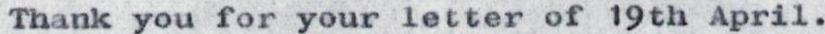
Thank you for your letter of 19th April.